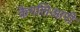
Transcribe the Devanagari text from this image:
कैगलिआरी